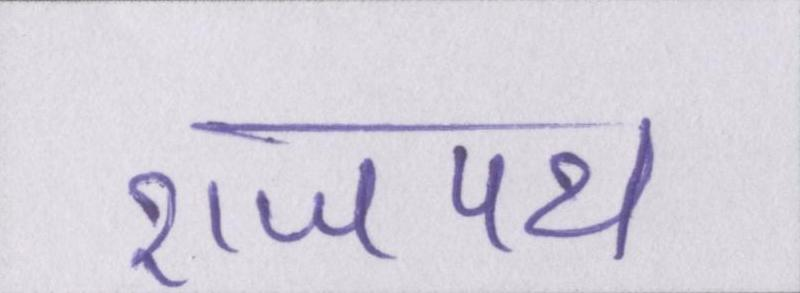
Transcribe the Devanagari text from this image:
राजपथ